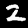
Label: 2